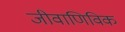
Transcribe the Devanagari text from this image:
जीवाणिविक